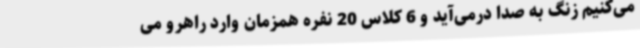
می‌کنیم زنگ به صدا درمی‌آید و 6 کلاس 20 نفره همزمان وارد راهرو می